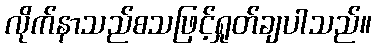
လိုက်နာသည်စသဖြင့်ရှုတ်ချပါသည်။